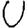
Digit: 0